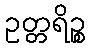
ဥတ္တရိဉ္စ